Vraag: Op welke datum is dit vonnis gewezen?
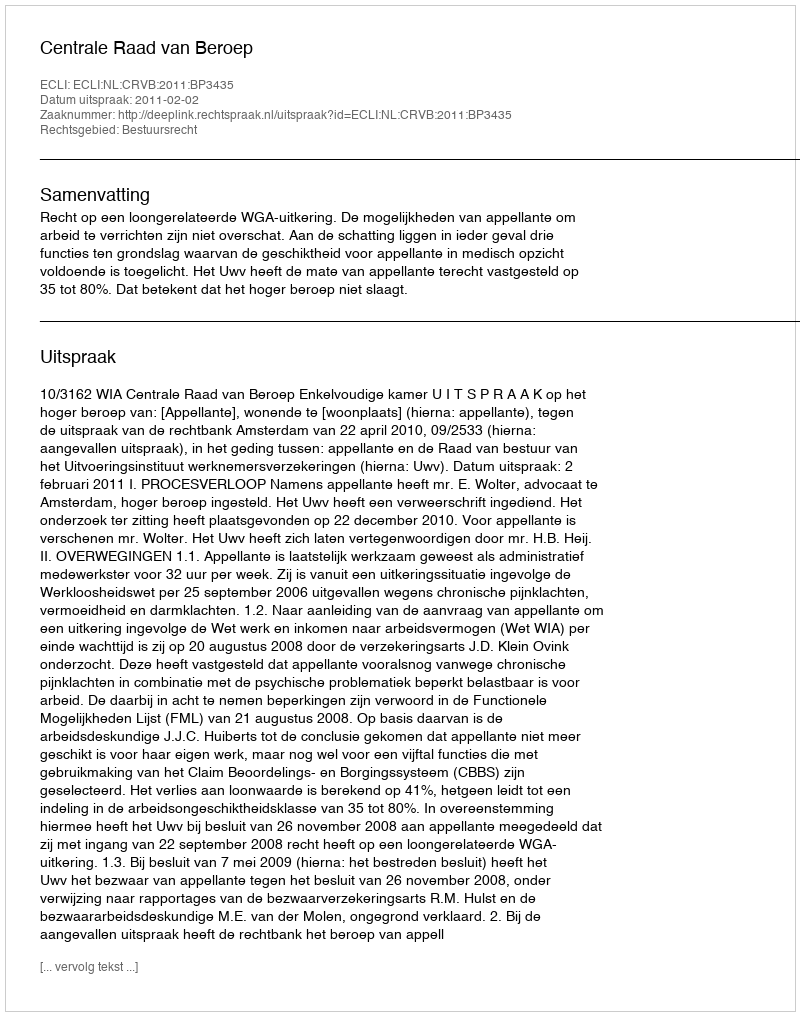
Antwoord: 2011-02-02